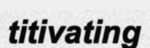
titivating